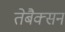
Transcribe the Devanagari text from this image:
तेबैक्सन